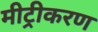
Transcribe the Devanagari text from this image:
मीट्रीकरण